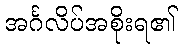
အင်္ဂလိပ်အစိုးရ၏